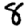
Digit: 8